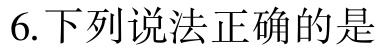
6.下列说法正确的是